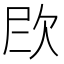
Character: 𪴫